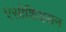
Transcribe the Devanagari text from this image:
एसोशियसन